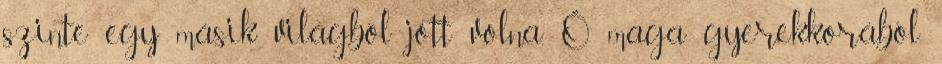
szinte egy másik világból jött volna. Ő maga gyerekkorából